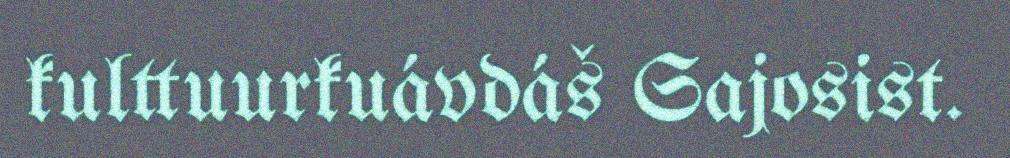
kulttuurkuávdáš Sajosist.